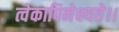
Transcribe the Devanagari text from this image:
त्वेकापिनेक्ष्यते।।